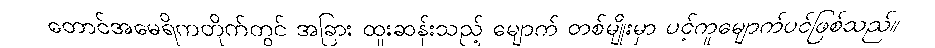
တောင်အမေရိကတိုက်တွင် အခြား ထူးဆန်းသည့် မျောက် တစ်မျိုးမှာ ပင့်ကူမျောက်ပင်ဖြစ်သည်။